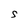
Character: S